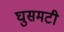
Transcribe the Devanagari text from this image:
घुसमटी